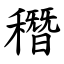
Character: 䅾